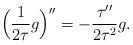
LaTeX: \begin{align*}\Big(\frac{1}{2\tau}g\Big)^{\prime\prime}=-\frac{\tau^{\prime\prime}}{2\tau^2}g.\end{align*}